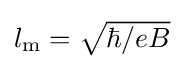
{\textstyle l_{\rm {m}}={\sqrt {\hbar /eB}}}